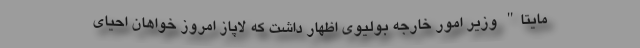
مایتا" وزیر امور خارجه بولیوی اظهار داشت که لاپاز امروز خواهان احیای